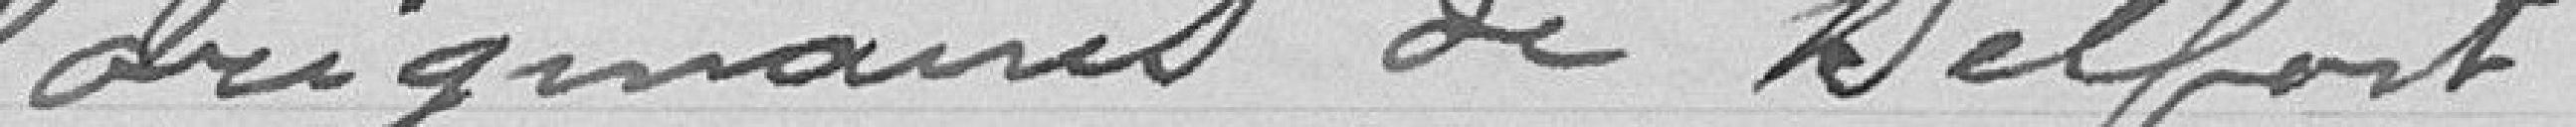
originaires de Belfort